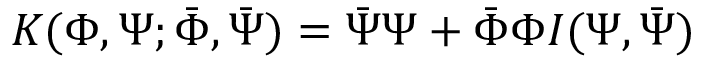
K ( \Phi , \Psi ; \bar { \Phi } , \bar { \Psi } ) = \bar { \Psi } \Psi + \bar { \Phi } \Phi I ( \Psi , \bar { \Psi } )